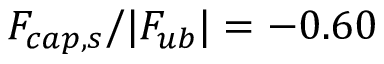
F _ { c a p , s } / | F _ { u b } | = - 0 . 6 0